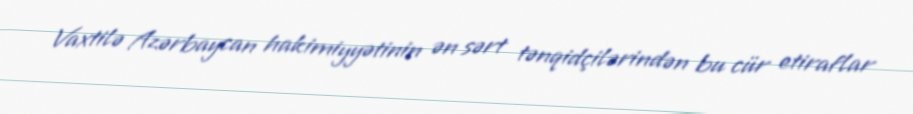
Vaxtilə Azərbaycan hakimiyyətinin ən sərt tənqidçilərindən bu cür etiraflar